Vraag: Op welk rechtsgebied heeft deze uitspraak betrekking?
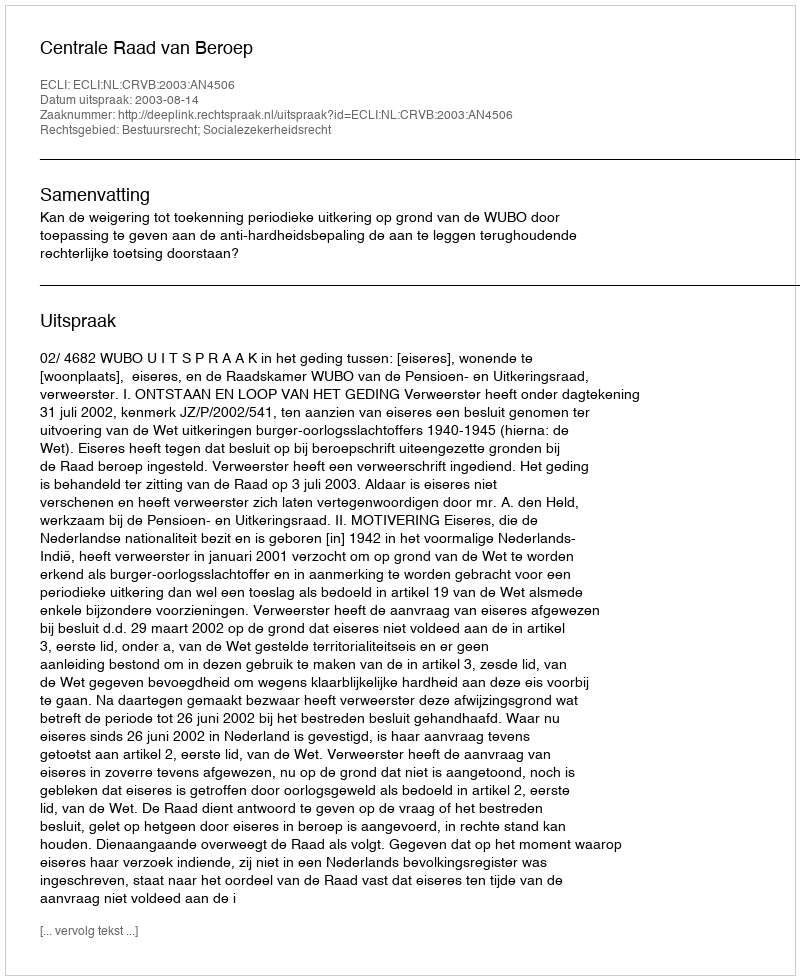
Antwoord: Bestuursrecht; Socialezekerheidsrecht